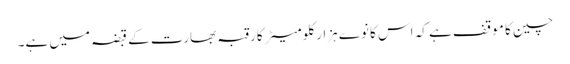
چین کا موقف ہے کہ اس کا نوے ہزار کلومیٹر کا رقبہ بھارت کے قبضہ میں ہے۔